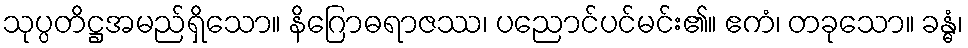
သုပ္ပတိဋ္ဌအမည်ရှိသော။ နိဂြောဓရာဇဿ၊ ပညောင်ပင်မင်း၏။ ဧကံ၊ တခုသော။ ခန္ဓံ၊